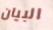
البيان